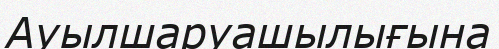
Ауылшаруашылығына